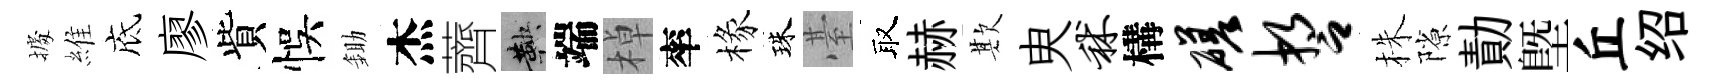
𢴃維底廖貲悞鋤杰薺鞅端棹率椽珠䑓取赫欺㬰秫構磋誓株隙勣塈丘绍